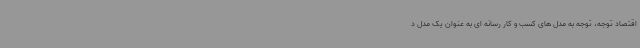
اقتصاد توجه، توجه به مدل های کسب و کار رسانه ای به عنوان یک مدل د